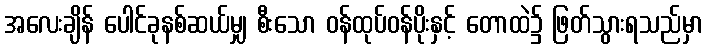
အလေးချိန် ပေါင်ခုနစ်ဆယ်မျှ စီးသော ဝန်ထုပ်ဝန်ပိုးနှင့် တောထဲ၌ ဖြတ်သွားရသည်မှာ